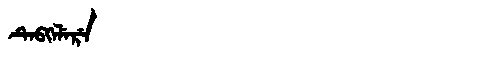
Manchu: ᡨᡝᠪᡴᡝᠯᡝᡵᡝ
Romanization: TEBKELERE